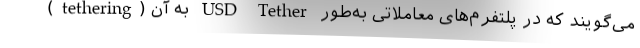
(tethering) به آن USD Tether می‌گویند که در پلتفرم‌های معاملاتی به‌طور